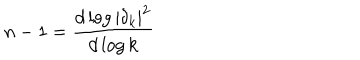
n - 1 = \frac { d \log | \delta _ { k } | ^ { 2 } } { d \log k }